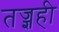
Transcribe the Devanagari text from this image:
तज्ज्ञही